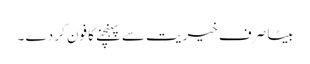
بیٹا صرف خیریت سے پہنچنے کا فون کر دے ۔